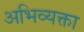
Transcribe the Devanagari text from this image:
अभिव्यक्ता